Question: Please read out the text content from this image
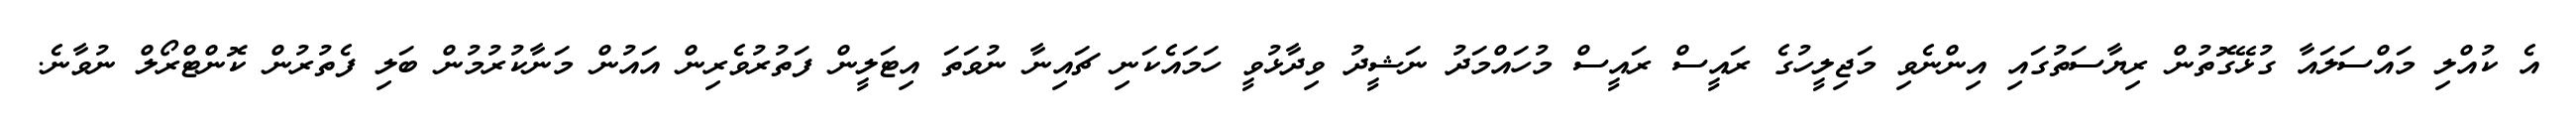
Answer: އެ ކުއްލި މައްސަލައާ ގުޅޭގޮތުން ރިޔާސަތުގައި އިންނެވި މަޖިލީހުގެ ރައީސް ރައީސް މުހައްމަދު ނަޝީދު ވިދާޅުވީ ހަމައެކަނި ޗައިނާ ނުވަތަ އިޓަލީން ފަތުރުވެރިން އައުން މަނާކުރުމުން ބަލި ފެތުރުން ކޮންޓްރޯލް ނުވާނެ.